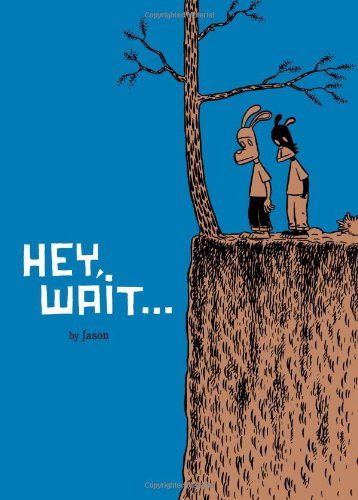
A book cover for Hey, Wait...; Jason; Comics & Graphic Novels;